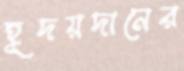
হূদয়দানের